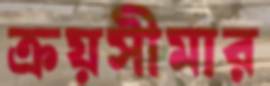
ক্রয়সীমার